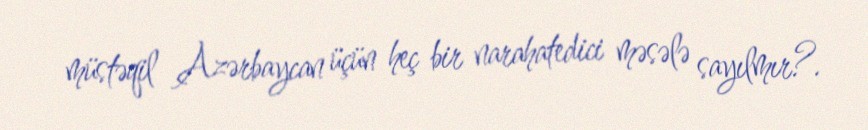
müstəqil Azərbaycan üçün heç bir narahatedici məsələ sayılmır?.